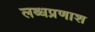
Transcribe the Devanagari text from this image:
लब्धप्रणाश